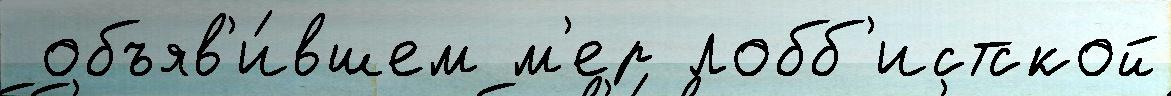
 объяв'и́вшем м'ер лобб'истской